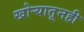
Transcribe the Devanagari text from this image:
खोर्‍यातूनही